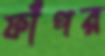
ফাঁপর